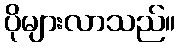
ပိုများလာသည်။